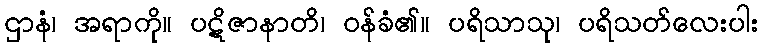
ဌာနံ၊ အရာကို။ ပဋိဇာနာတိ၊ ဝန်ခံ၏။ ပရိသာသု၊ ပရိသတ်လေးပါး